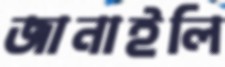
জানাইলি